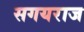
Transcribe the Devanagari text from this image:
सगयराज